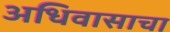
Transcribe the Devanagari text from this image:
अधिवासाचा